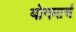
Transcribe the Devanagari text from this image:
योगमार्च